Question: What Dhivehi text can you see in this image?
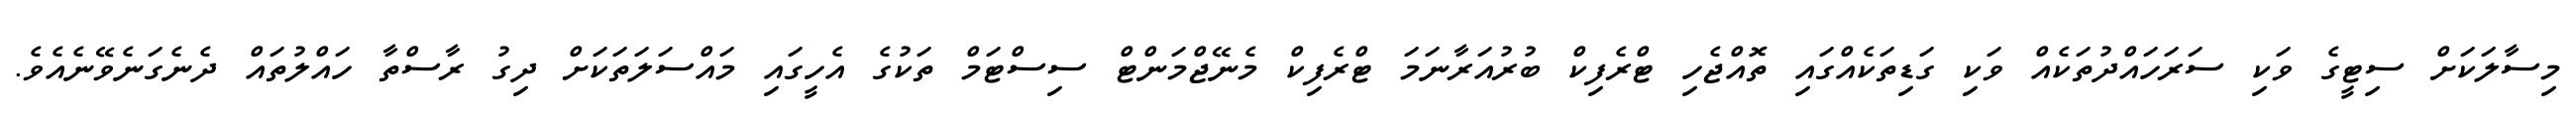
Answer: މިސާލަކަށް ސިޓީގެ ވަކި ސަރަހައްދުތަކެއް ވަކި ގަޑިތަކެއްގައި ތޮއްޖެހި ޓްރެފިކް ބުރުއަރާނަމަ ޓްރެފިކް މެނޭޖްމަންޓް ސިސްޓަމް ތަކުގެ އެހީގައި މައްސަލަތަކަށް ދިގު ރާސްތާ ހައްލުތައް ދެނެގަނެވޭނެއެވެ.